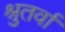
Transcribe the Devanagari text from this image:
श्रुतर्वा